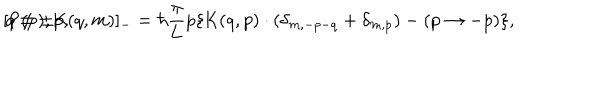
[ \mathrm { P } ( p ) , \mathrm { K } ( q , m ) ] _ { - } = \hbar \frac { \pi } { \pi } { L } p \{ \mathrm { K } ( q , p ) \cdot ( \delta _ { m , - p - q } + \delta _ { m , p } ) - ( p \rightarrow - p ) \} , \hspace { 5 m m } q \neq \pm p ,